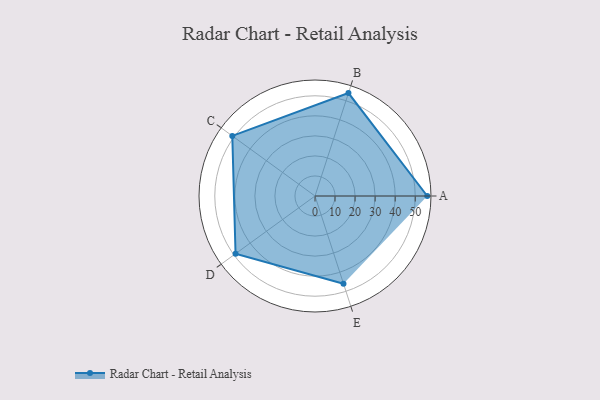
{"axis": {"x": "Skill", "y": "Score"}, "legend": ["Profile"], "data": [{"x": "A", "y": 56.0, "type": "Profile"}, {"x": "B", "y": 54.0, "type": "Profile"}, {"x": "C", "y": 51.0, "type": "Profile"}, {"x": "D", "y": 49.0, "type": "Profile"}, {"x": "E", "y": 46.0, "type": "Profile"}]}